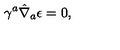
\gamma ^ { a } \hat { \nabla } _ { a } \epsilon = 0 ,